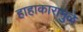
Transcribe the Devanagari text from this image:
हाहाकारामुळे